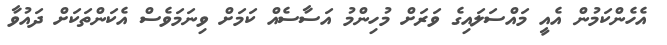
އެހެންކަމުން އެއީ މައްސަލައިގެ ވަރަށް މުހިންމު އަސާސެއް ކަމަށް ވިނަމަވެސް އެކަންތަކަށް ދައުވާ